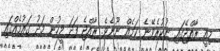
މިއީ ރާއްޖޭގައި ނުކުރެވޭނެ ކަމެއް ނޫނެވެ. ރާއްޖެ ފަދަ މީހުން މަދު ގައުމެއްގައި